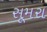
સૂમરા